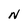
Character: N